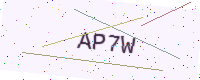
Text: AP7W